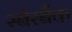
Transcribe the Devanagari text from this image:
स्बेरबैंक